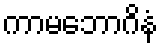
ကာမဘောဂိနံ